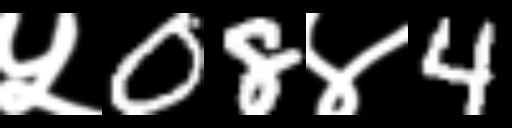
Text: ५08४4